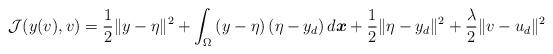
LaTeX: \begin{align*} \mathcal{J}(y(v),v) &= \frac{1}{2} \|y-\eta\|^2 + \int_\Omega\left(y-\eta\right)\left(\eta-y_d\right)d\boldsymbol{x} + \frac{1}{2} \|\eta-y_d\|^2 + \frac{\lambda}{2} \|v-u_d\|^2\end{align*}